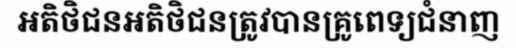
អតិថិជនអតិថិជនត្រូវបានគ្រូពេទ្យជំនាញ